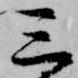
三